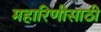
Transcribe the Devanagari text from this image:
महारिणीसाठी